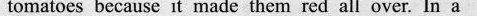
to matocs because it made them red all over. In a